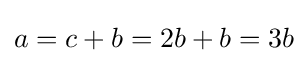
a=c+b=2b+b=3b